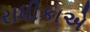
રાધીકાએ